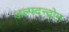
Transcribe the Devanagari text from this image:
अल्पदन्द्रोन